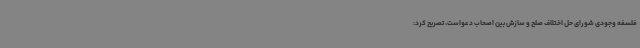
فلسفه وجودی شورای حل اختلاف صلح و سازش بین اصحاب دعواست، تصریح کرد: